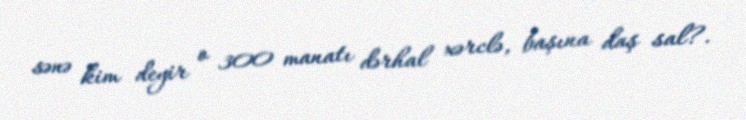
sənə kim deyir o 300 manatı dərhal xərclə, başına daş sal?.